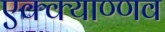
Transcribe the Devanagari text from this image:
एक्क्याण्णव